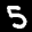
Label: 5